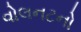
વોલનટનો